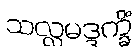
သလ္လမဒ္ဒက္ခိံ